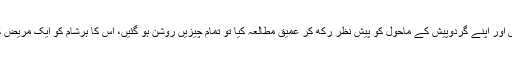
میں نے گزشتہ واقعات، بیگو کی نقل و حرکت، اس کی جنبش اور اپنے گردوپیش کے ماحول کو پیش نظر رکھ کر عمیق مطالعہ کیا تو تمام چیزیں روشن ہو گئیں، اس کا ہرشام کو ایک مریض کے ہاں دودھ لیکر جانا اور وہاں ایک عرصہ تک بیٹھی رہنا۔